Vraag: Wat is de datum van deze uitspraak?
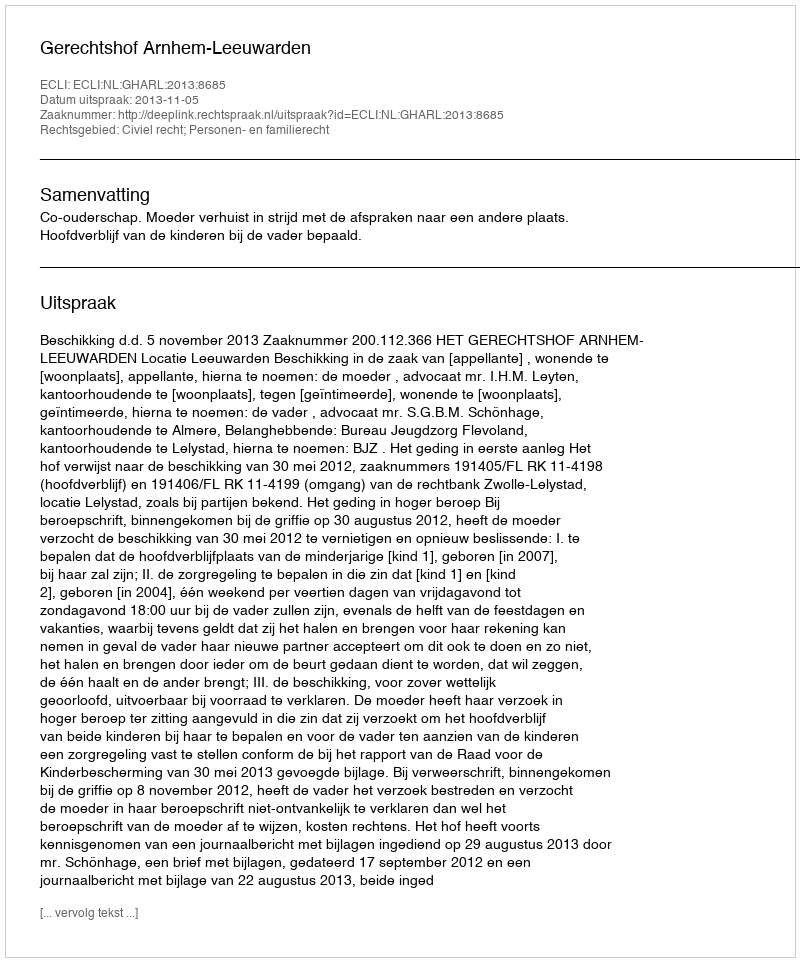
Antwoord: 2013-11-05